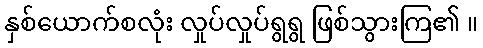
နှစ်ယောက်စလုံး လှုပ်လှုပ်ရွရွ ဖြစ်သွားကြ၏ ။